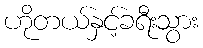
ဟိုတယ်နှင့်ခရီးသွား